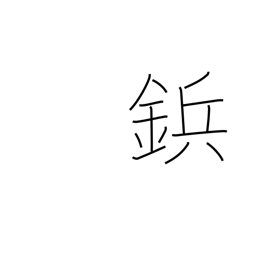
Meaning: rivet